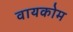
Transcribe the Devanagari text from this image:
वायकोम